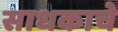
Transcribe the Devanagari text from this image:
साधकाचे